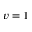
v = 1